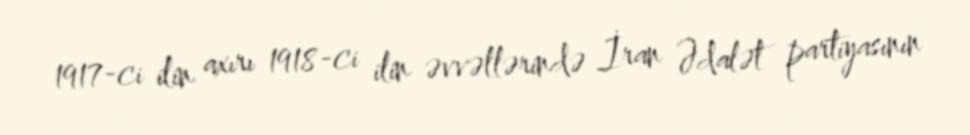
1917-ci ilin axırı 1918-ci ilin əvvəllərində İran Ədalət partiyasının